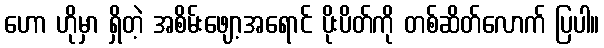
ဟော ဟိုမှာ ရှိတဲ့ အစိမ်းဖျော့အရောင် ပိုးပိတ်ကို တစ်ဆိတ်လောက် ပြပါ။